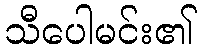
သီပေါမင်း၏